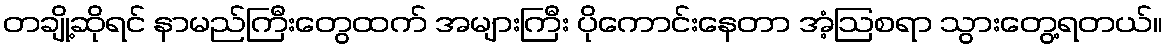
တချို့ဆိုရင် နာမည်ကြီးတွေထက် အများကြီး ပိုကောင်းနေတာ အံ့ဩစရာ သွားတွေ့ရတယ်။